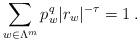
LaTeX: \begin{align*}\sum_{w\in\Lambda^{m}}p_{w}^{q}|r_{w}|^{-\tau}=1\:.\end{align*}